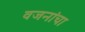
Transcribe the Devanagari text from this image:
वजनांचा